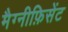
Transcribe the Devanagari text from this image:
मैग्नीफ़िसेंट